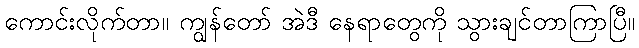
ကောင်းလိုက်တာ။ ကျွန်တော် အဲဒီ နေရာတွေကို သွားချင်တာကြာပြီ။